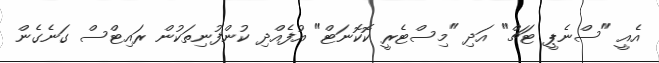
އެއީ "ސްނެޕީ ޓަޗް" އަދި "މިސްޓެރީ ކޮކޮނަޓް" އުފެއްދި ކުންފުނިތަކުން ރައިޓްސް ގަނެގެން